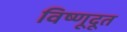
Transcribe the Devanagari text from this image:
विष्णूदूत